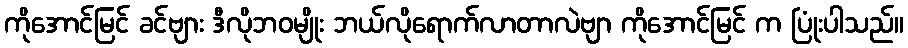
ကိုအောင်မြင် ခင်ဗျား ဒီလိုဘဝမျိုး ဘယ်လိုရောက်လာတာလဲဗျာ ကိုအောင်မြင် က ပြုံးပါသည်။